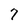
Character: 7